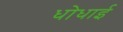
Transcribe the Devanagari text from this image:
धोधाई